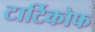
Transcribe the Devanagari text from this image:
टार्टिकोफ